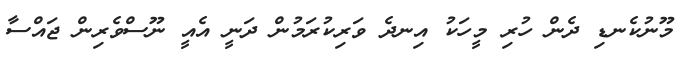
މޫނުކެނޑި ދެން ހުރި މީހަކު އިނދެ ވަރިކުރަމުން ދަނީ އެއީ ނޫސްވެރިން ޖައްސާ